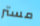
مستر